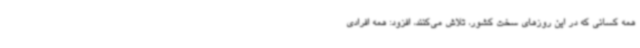
همه کسانی که در این روزهای سخت کشور، تلاش می‌کنند، افزود: همه افرادی